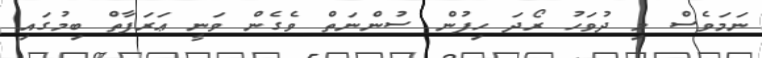
ނަމަވެސް މި ދުވަހު ރޯދަ ހިފުން ސުންނަތް ވެގެން ވަނީ ޢަރަފާތް ބިމުގައި